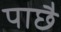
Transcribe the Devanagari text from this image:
पाछै